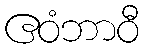
ဧဝံဘာဝီ